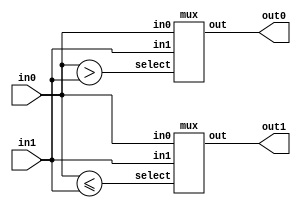
module comparator(out0, out1, in0, in1);
output [3:0]out0, out1;
input [3:0]in0, in1;

wire select;
mux m1(out0, in0, in1, in0>in1);
mux m2(out1, in0, in1, in0<=in1);

endmodule

module mux(out, in0, in1, select);
output [3:0]out;
input [3:0]in0, in1;
input select;

assign out = (in0&{4{!select}}) | (in1&{4{select}});

endmodule